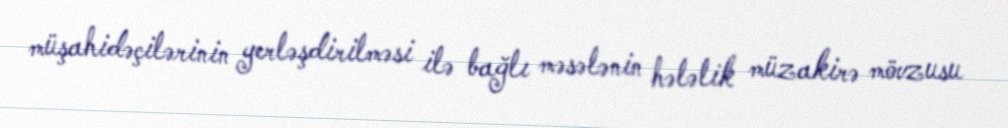
müşahidəçilərinin yerləşdirilməsi ilə bağlı məsələnin hələlik müzakirə mövzusu